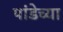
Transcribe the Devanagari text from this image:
पांडेच्या